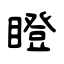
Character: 瞪